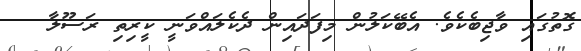
ގޮތުގައި ވާޖިބެކެވެ. އެބޭކަލުން މިފަދައިން ދެކެލައްވަނީ ކީރިތި ރަސޫލާ